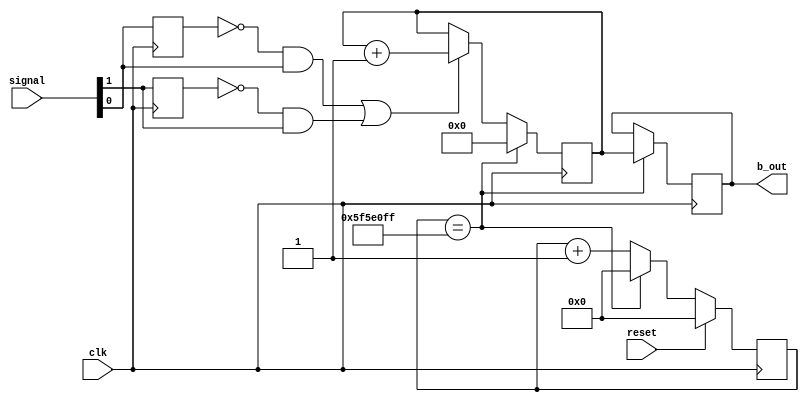
`timescale 1ns/ 1ps

module IR_frequency(
	input clk,reset,
	input [1:0] signal,
	output wire [9:0] b_out
);

localparam constantNumber = 100000000;
reg [31:0] counter;
reg [9:0] temp_data;
reg [9:0] out_data;

initial begin
	counter = 0;
	temp_data =0;
	out_data = 0;
end

always @ (posedge(clk))
begin
    if (reset == 1)
        counter <= 32'b0;
    else if (counter == constantNumber - 1)
        counter <= 32'b0;
    else
        counter <= counter + 1;

end

reg last_signal1 = 0;
reg last_signal2 = 0;

always @(posedge(clk))
begin
	last_signal1 <= signal[0];
	last_signal2 <= signal [1];
end




always @(posedge(clk))
begin
	if(counter == constantNumber - 1)
		begin
			out_data <= temp_data;
			temp_data <= 0;
		end
	else if(~last_signal1 & signal[0] || ~last_signal2 & signal[1])
		temp_data <= temp_data + 1;
end


assign b_out = out_data;
endmodule